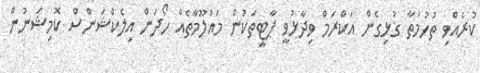
ކުރެއްވި ތުހުމަތާ ގުޅިގެން އަކްރަމް ވިދާޅުވީ ޕާޓީތަކުން މައުލޫމާތެއް ހޯދަން އިލެކްޝަންސް ކޮމިޝަނުން